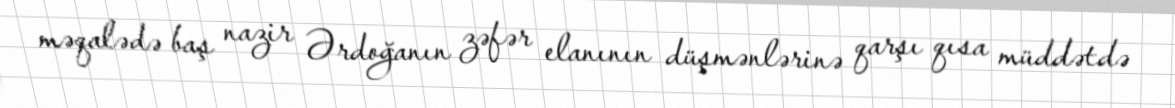
məqalədə baş nazir Ərdoğanın zəfər elanının düşmənlərinə qarşı qısa müddətdə